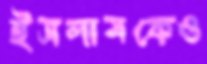
ইসলামকেও